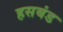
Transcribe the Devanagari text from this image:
हसबंड